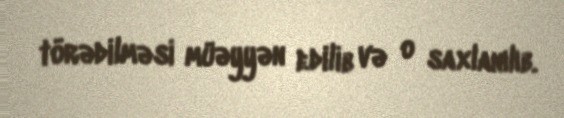
törədilməsi müəyyən edilib və o saxlanılıb.